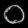
Digit: ၀